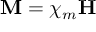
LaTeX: \mathbf { M } = \chi _ { m } \mathbf { H }